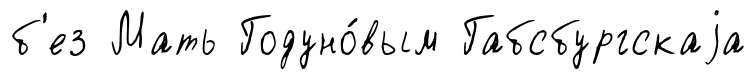
б'ез Мать Годуно́вым Габсбургскаjа